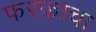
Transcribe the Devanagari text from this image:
फरकाचा